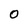
Character: O